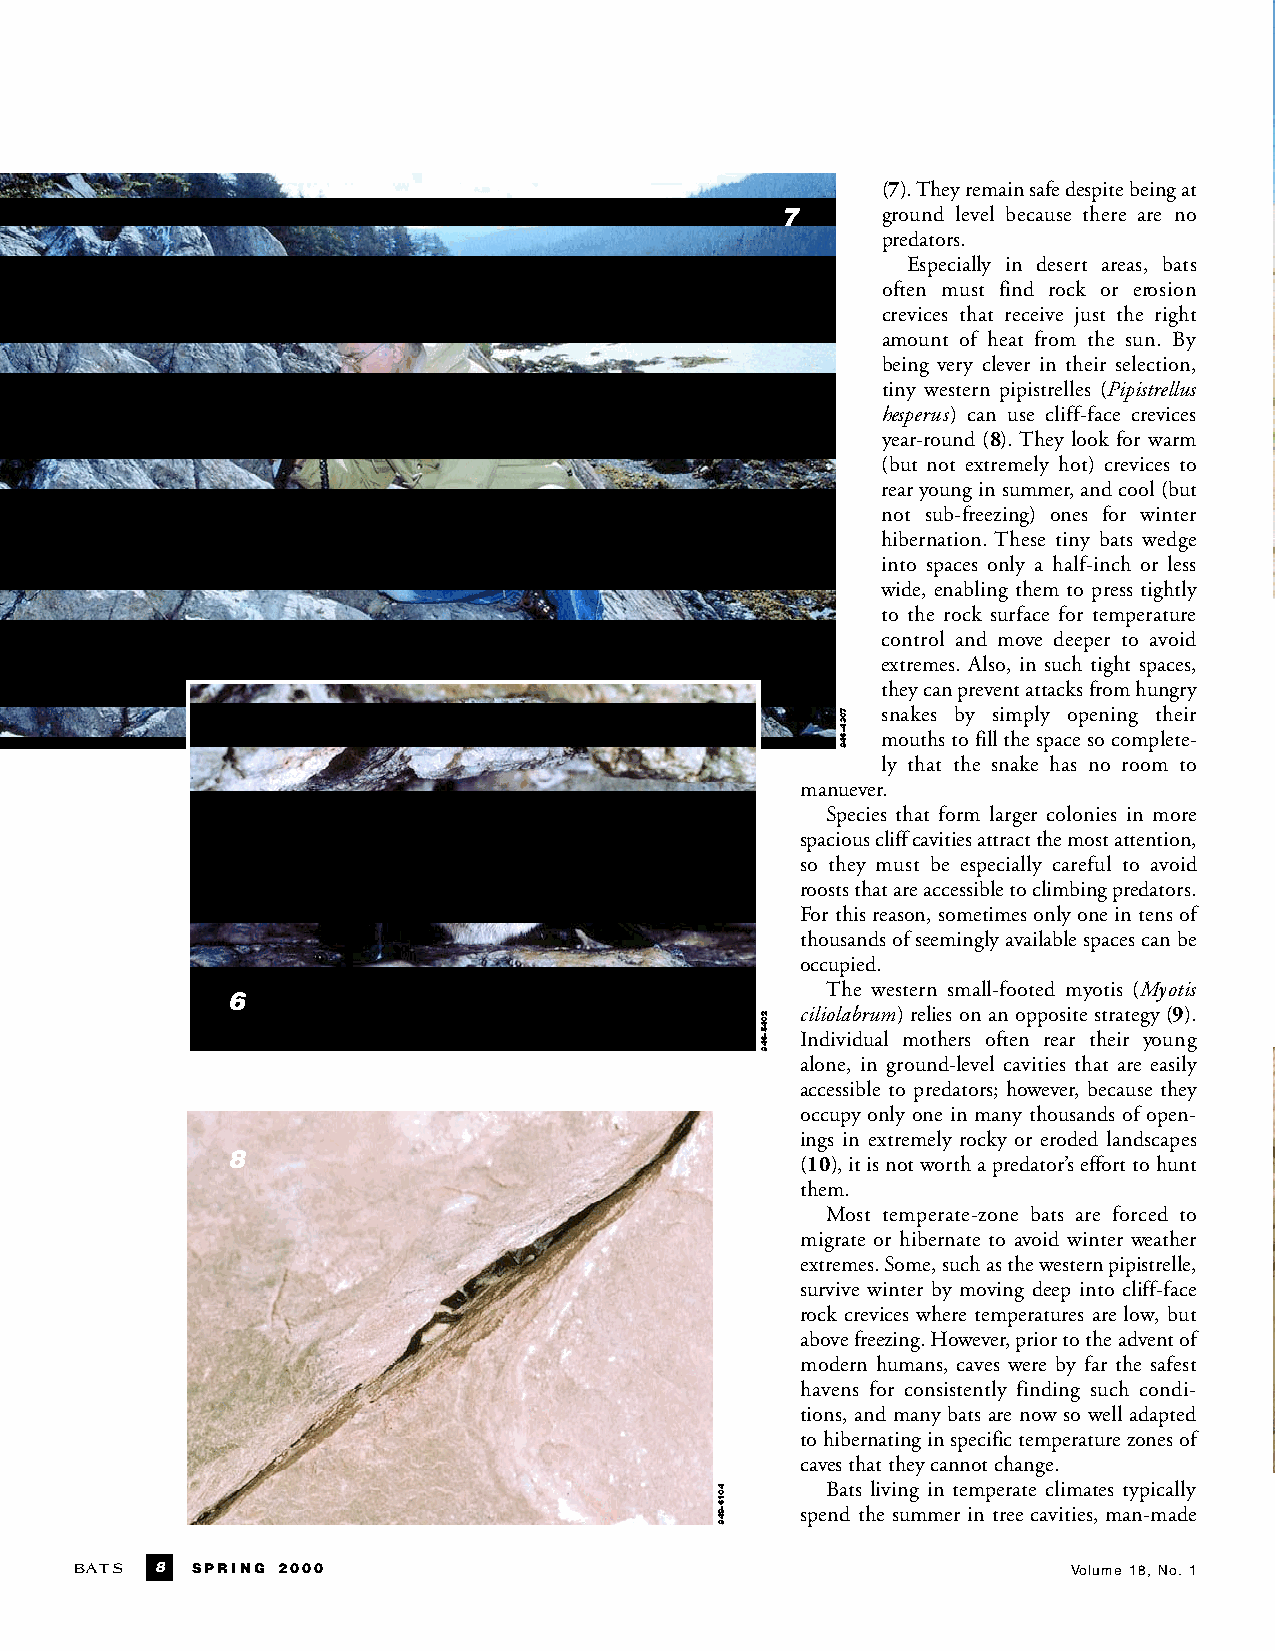
(7).They remain safe despite being at
 7     ground level because there are no
 predators.
 Especially in desert areas, bats
 often must find rock or ero s i o n
 crevices that receive just the right
 amount of heat from the sun. By
 being very clever in their selection,
 tiny western pipistrelles (Pipistrellus
 hesperus) can use cliff-face crevices
 year-round (8). They look for warm
 (but not extremely hot) crevices to
 rearyounginsummer,andcool(but
 not sub-fre ezing) ones for winter
 hibernation. These tiny bats wedge
 into spaces only a half-inch or less
 wide, enabling them to press tightly
 to the rock surface for temperature
 control and move deeper to avoid
 extremes. Also, in such tight spaces,
 they can prevent attacks from hungry
 snakes by simply opening their
 mouthstofillthespacesocomplete-
 ly that the snake has no room to
 manuever.
 Species that form larger colonies in more
 spacious cliff cavities attract the most attention,
 so they must be especially careful to avoid
 rooststhatareaccessibletoclimbingpredators.
 For this reason, sometimes only one in tens of
 thousandsofseeminglyavailablespacescanbe
 occupied.
 The western small-footed myotis (Myotis
 6
 ciliolabrum) relies on an opposite strategy (9).
 Individual mothers often rear their yo u n g
 alone, in ground-level cavities that are easily
 accessible to predators; however, because they
 occupy only one in many thousands of open-
 ings in extremely rocky or eroded landscapes
 8
 (10),itisnotworthapredator’sefforttohunt
 them.
 Most temperate-zone bats are forced to
 migrate or hibernate to avoid winter weather
 extremes. Some, such as the western pipistrelle,
 survive winter by moving deep into cliff-face
 rock crevices where temperatures are low, but
 above freezing. However, prior to the advent of
 modern humans, caves were by far the safest
 havens for consistently finding such condi-
 tions, and many bats are now so well adapted
 tohibernatinginspecifictemperaturezonesof
 cavesthattheycannotchange.
 Bats living in temperate climates typically
 spend the summer in tree cavities, man-made
 B AT S 8 SPRING 2000                                              Volume 18, No. 1